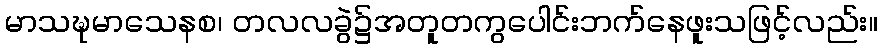
မာသဍ္ဎမာသေနစ၊ တလလခွဲ၌အတူတကွပေါင်းဘက်နေဖူးသဖြင့်လည်း။